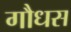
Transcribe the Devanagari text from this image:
गौधस